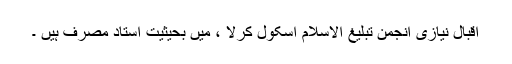
اقبال نیازی انجمن تبلیغ الاسلام اسکول کرلا ، میں بحیثیت استاد مصرف ہیں ۔